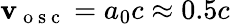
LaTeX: \mathbf{v}_{\mathrm{{~o~s~c~}}}=a_{0}c\approx0.5c